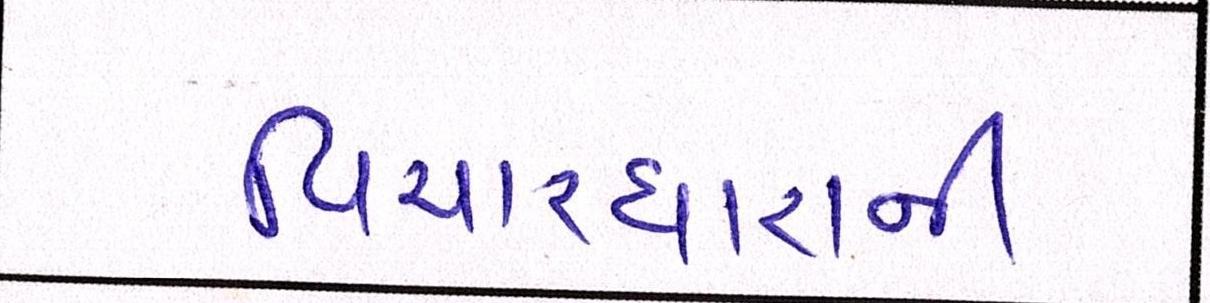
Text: વિચારધારાની